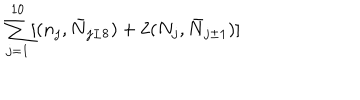
LaTeX: \sum _ { j = 1 } ^ { 1 0 } [ ( n _ { j } , \bar { N } _ { j \pm 8 } ) + 2 ( N _ { j } , \bar { N } _ { j \pm 1 } ) ]